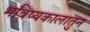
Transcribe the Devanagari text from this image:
भविष्यकालातुन